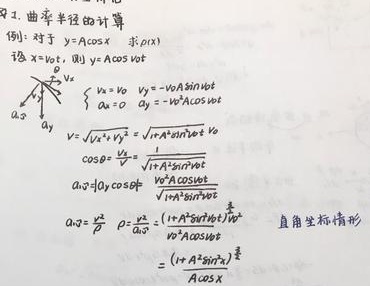
### 1. 曲率半径的计算
**例**：对于 $y = A\cos x$，求 $\rho(x)$

设 $x = v_0t$，则 $y = A\cos v_0t$

$\begin{cases}
v_x = v_0 & v_y = -v_0A\sin v_0t \\
a_x = 0 & a_y = -v_0^2A\cos v_0t
\end{cases}$

$v = \sqrt{v_x^2 + v_y^2} = \sqrt{v_0^2 + v_0^2A^2\sin^2v_0t}$

$\cos\theta = \frac{v_x}{v} = \frac{v_0}{\sqrt{v_0^2 + v_0^2A^2\sin^2v_0t}}$

$a_n = |a_y|\cos\theta = \frac{v_0^2A\cos v_0t}{\sqrt{v_0^2 + v_0^2A^2\sin^2v_0t}}$

$a_n = \frac{v^2}{\rho}$，$\rho = \frac{v^2}{a_n} = \frac{(v_0^2 + v_0^2A^2\sin^2v_0t)^{\frac{3}{2}}}{v_0^2A\cos v_0t}$

$= \frac{(1 + A^2\sin^2x)^{\frac{3}{2}}}{A\cos x}$ （直角坐标情形）